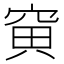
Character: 𥦕